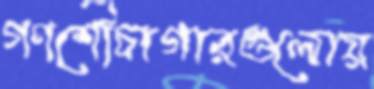
গণশৌচাগারগুলোয়